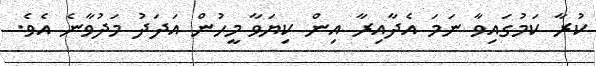
ކުރާ ކަމުގައިވާ ނަމަ އެދާއިރާ އިން ކިޔަވާ މީހުން އަދަދު މަދުވާނެ އެވެ.